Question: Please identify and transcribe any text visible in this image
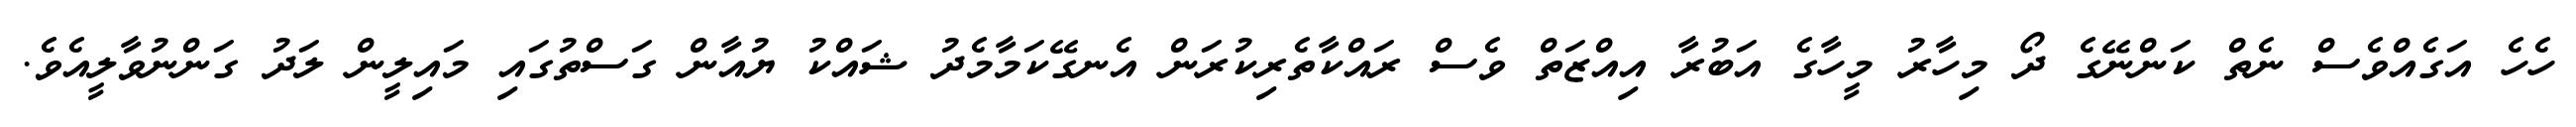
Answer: ހެހެ އަގެއްވެސް ނެތް ކަންނޭގެ ދޯ މިހާރު މީހާގެ އަބުރާ އިއްޒަތް ވެސް ރައްކާތެރިކުރަން އެނގޭކަމާމެދު ޝައްކު ޔުއާން ގަސްތުގައި މައިލީން ލަދު ގަންނުވާލީއެވެ.